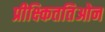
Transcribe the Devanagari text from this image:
प्रीक्ष्किततिओन